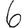
Digit: 6